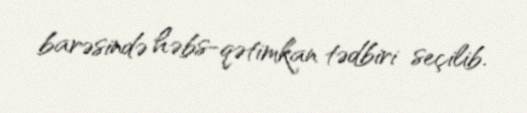
barəsində həbs-qətimkan tədbiri seçilib.